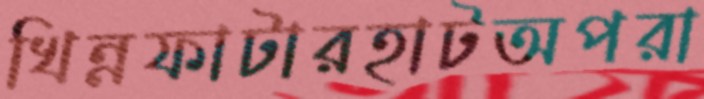
খিন্নফাটারহাটঅপরা